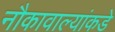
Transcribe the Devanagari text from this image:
नौकावाल्यांकडे